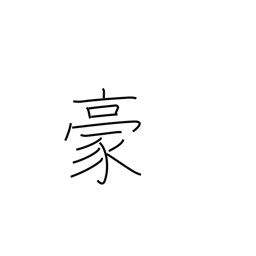
Meaning: overpowering